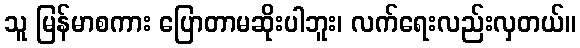
သူ မြန်မာစကား ပြောတာမဆိုးပါဘူး၊ လက်ရေးလည်းလှတယ်။